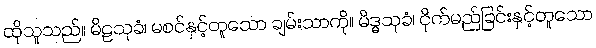
ထိုသူသည်။ မိဠသုခံ၊ မစင်နှင့်တူသော ချမ်းသာကို။ မိဒ္ဓသုခံ၊ ငိုက်မည်ခြင်းနှင့်တူသော